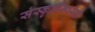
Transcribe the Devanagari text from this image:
संस्कृतींमध्येही